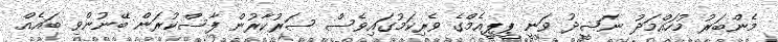
މެންބަރު މުހައްމަދު ނަޝީދު ވަނީ ޕީޕީއެމްގެ ވެރިކަމުގައިވެސް ސަރުކާރުން ފާސްކުރަން ބޭނުންވި ބައެއް